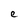
Character: e